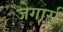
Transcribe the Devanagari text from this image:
जेगार्स